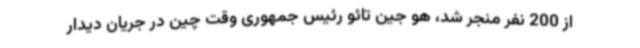
از 200 نفر منجر شد، هو جین تائو رئیس جمهوری وقت چین در جریان دیدار